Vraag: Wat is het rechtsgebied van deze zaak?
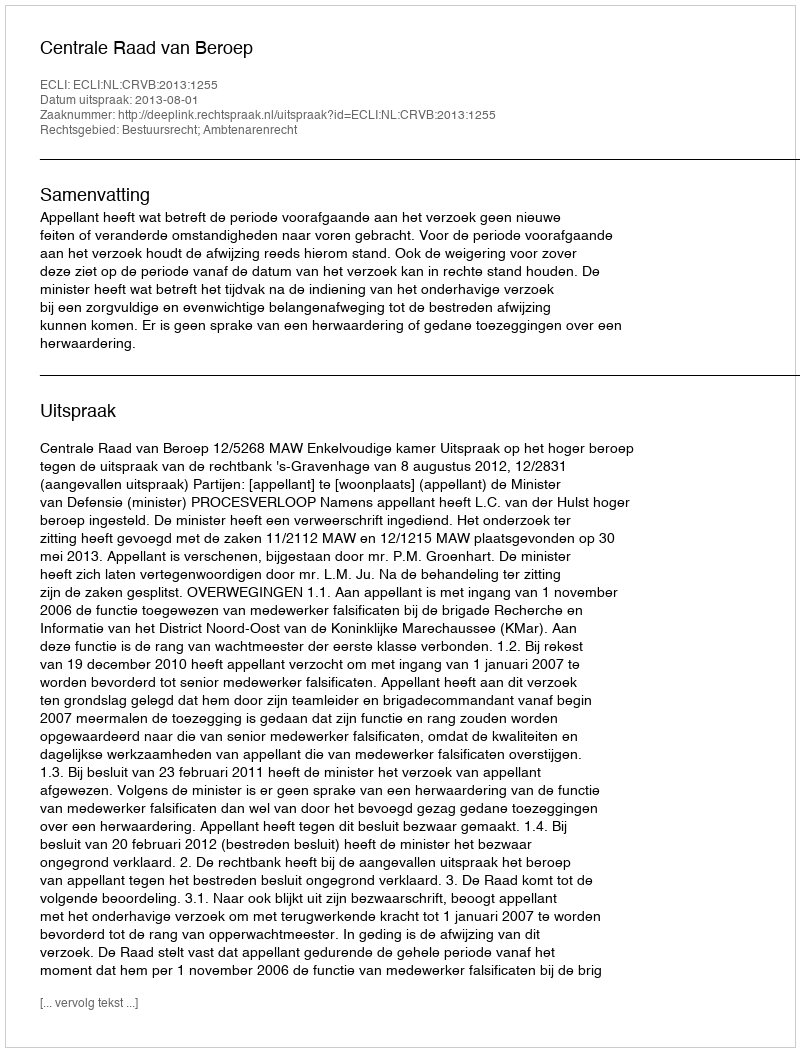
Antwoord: Bestuursrecht; Ambtenarenrecht